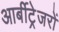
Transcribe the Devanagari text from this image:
आर्बीट्रेजरों